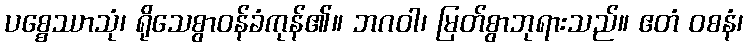
ပစ္စေဿာသုံ၊ ရိုသေစွာဝန်ခံကုန်၏။ ဘဂဝါ၊ မြတ်စွာဘုရားသည်။ ဧတံ ဝစနံ၊